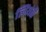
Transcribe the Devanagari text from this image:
लिंयंती